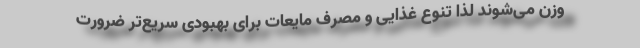
وزن می‌شوند لذا تنوع غذایی و مصرف مایعات برای بهبودی سریع‌تر ضرورت